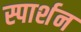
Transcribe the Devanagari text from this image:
स्पार्शन